Report of the Municipal Commissioner on the plague in Bombay for the year ending 31st May... - Volume 3
Disease focus: Plague
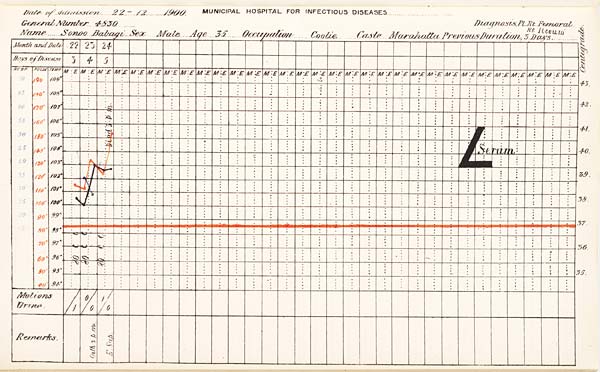
Date
of
Admission
1900
MUNICIPAL
HOSPITAL
FOR
INFECTIOUS
DISEASES.
General
Number
Diagnosis
Name
Sex
Age
Occupation
Caste
Previous
Duration